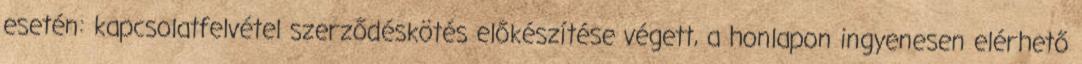
esetén: kapcsolatfelvétel szerződéskötés előkészítése végett, a honlapon ingyenesen elérhető